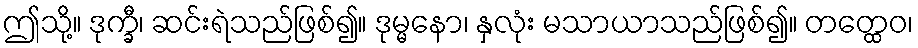
ဤသို့။ ဒုက္ခီ၊ ဆင်းရဲသည်ဖြစ်၍။ ဒုမ္မနော၊ နှလုံး မသာယာသည်ဖြစ်၍။ တတ္ထေဝ၊